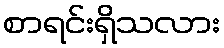
စာရင်းရှိသလား